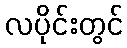
လပိုင်းတွင်